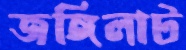
জঙ্গিলাট